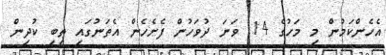
އެހެންކަމުން މި މަހުގެ 14 ވަނަ ދުވަހުން ފެށެހެން އެތަނުގައި ތިބި ކުދިން